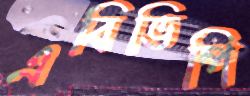
এবিভিপি